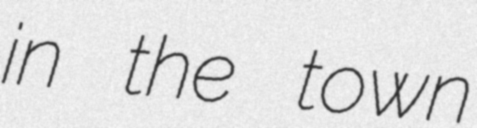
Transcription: in the town